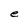
Character: e